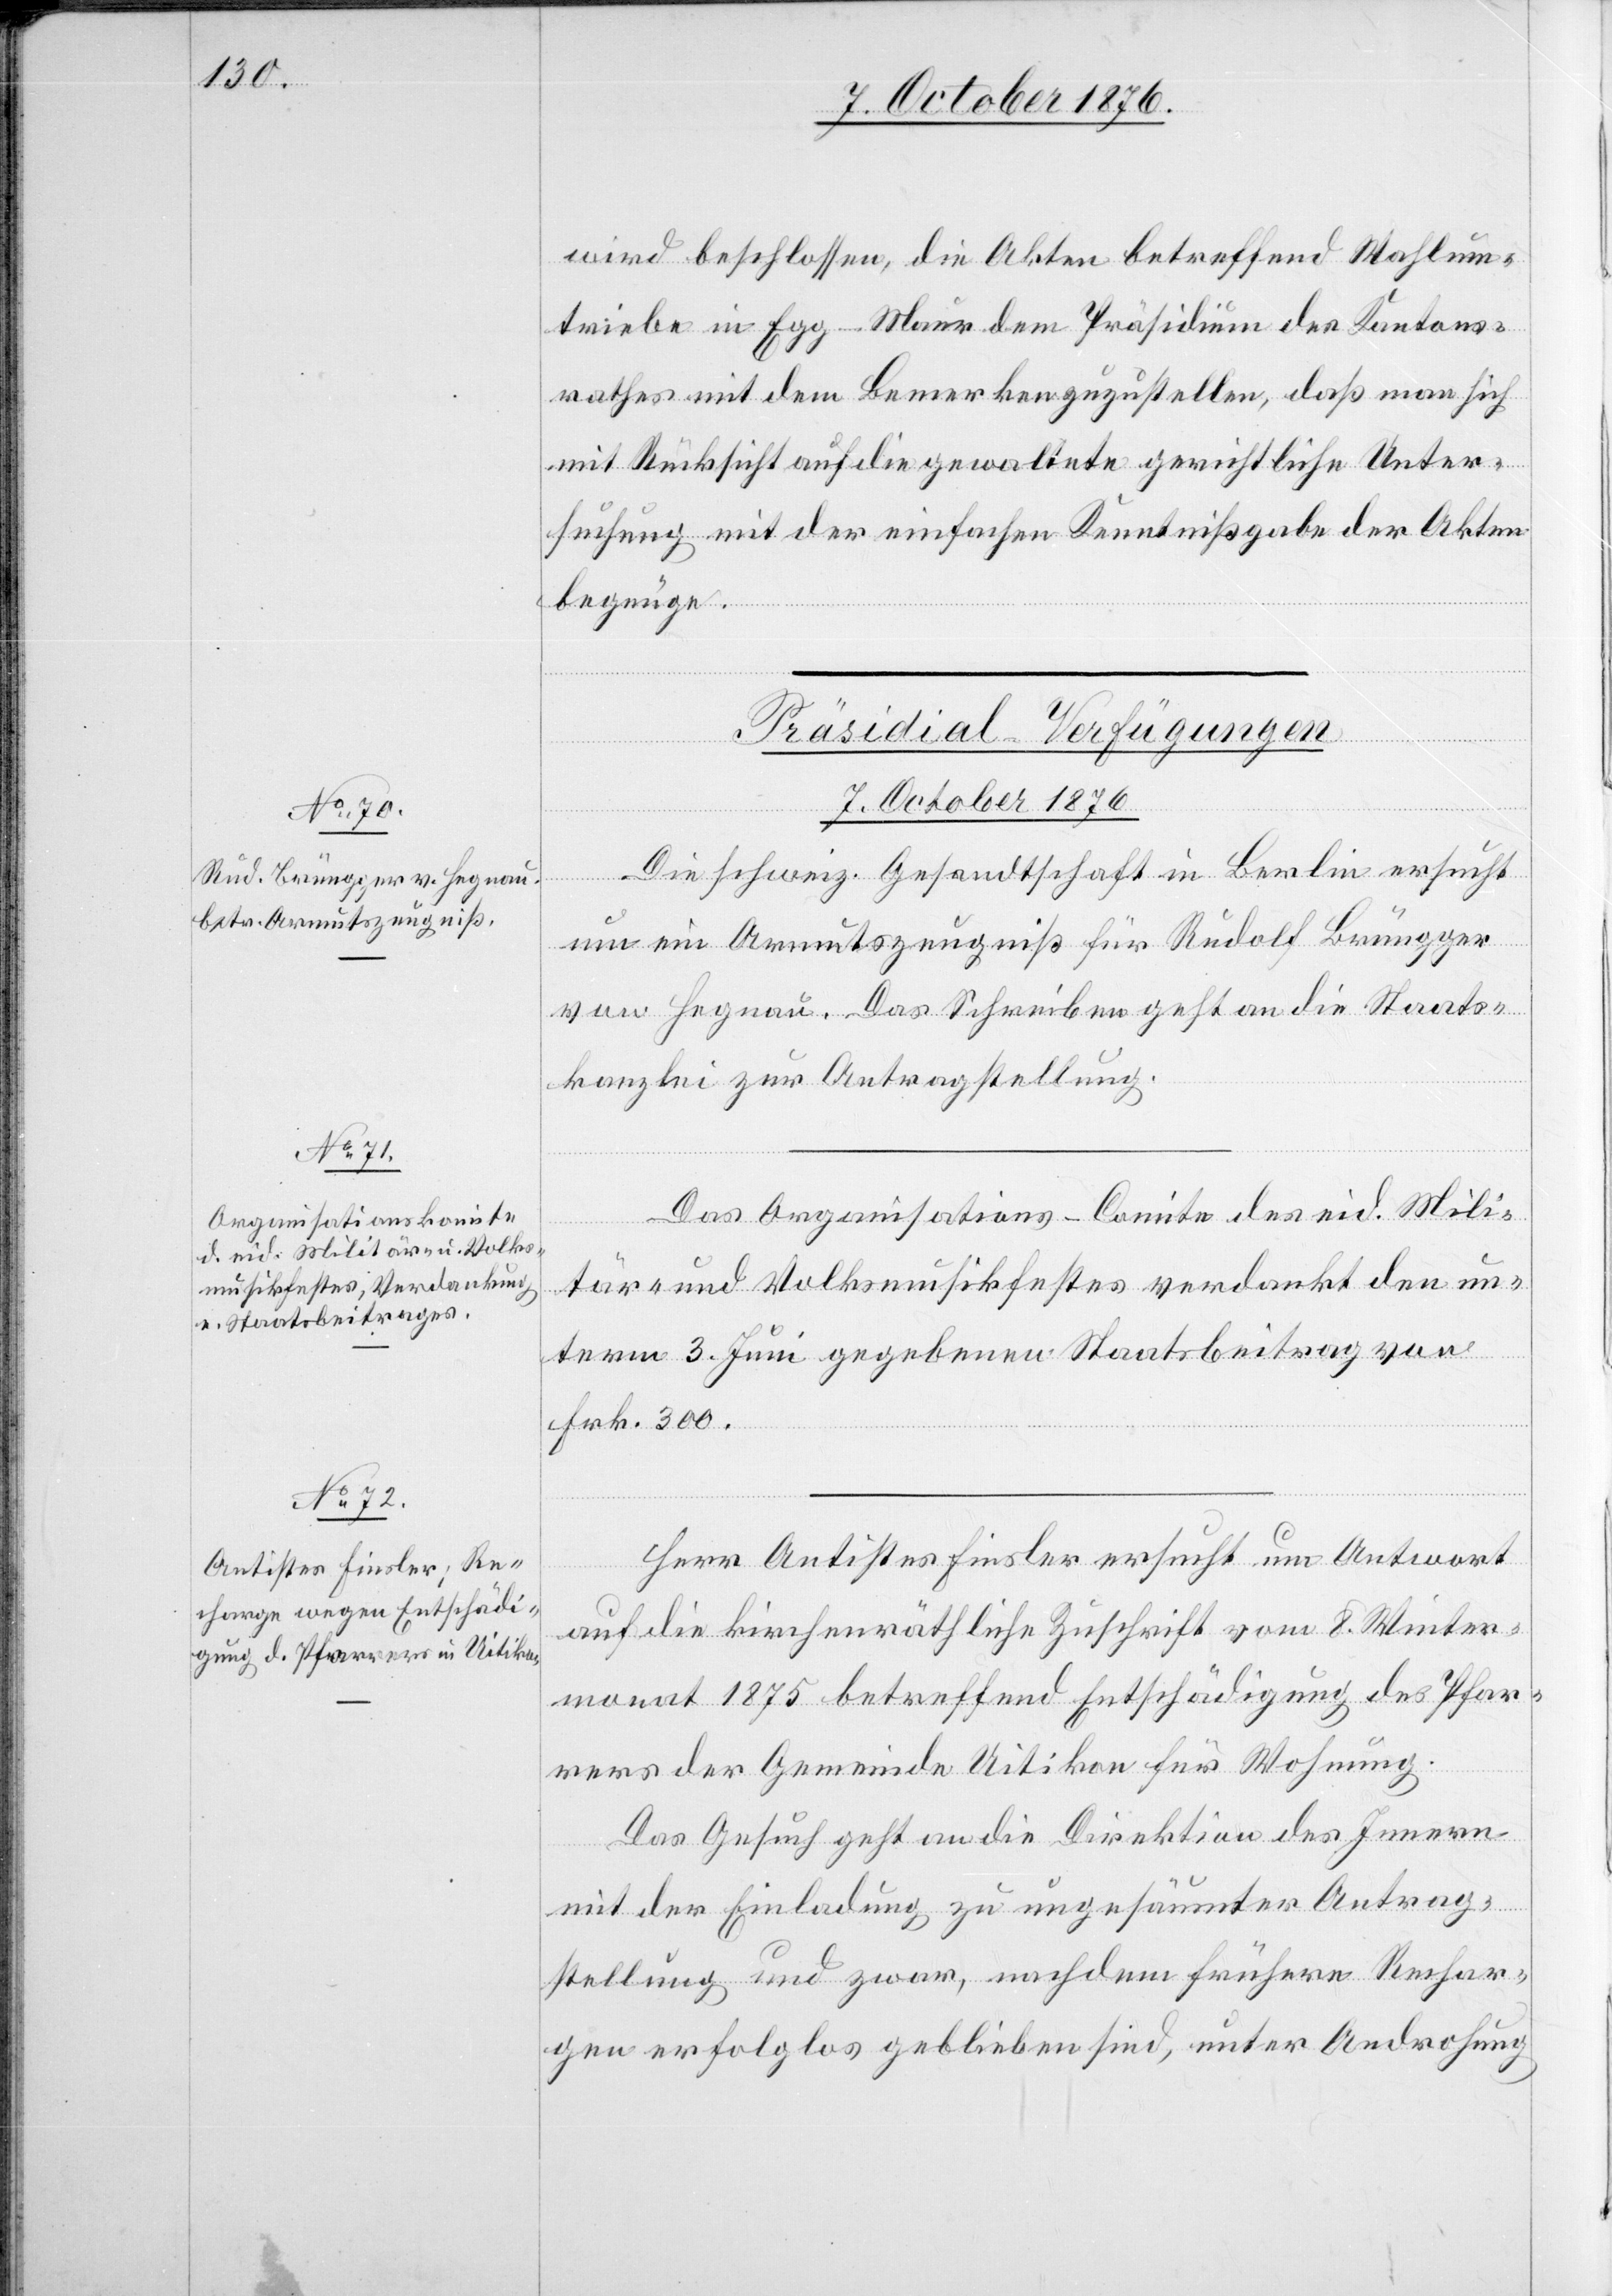
7. October 1876.]
wird beschlossen, die Akten betreffend Wahlum¬
triebe in Egg - Maur dem Präsidium des Kantons¬
rathes mit dem Bemerken zuzustellen, daß man sich
mit Rücksicht auf die gewaltete gerichtliche Unter¬
suchung mit der einfachen Kenntnißgabe der Akten
begnüge.
[Präsidial-Verfügungen
Die schweiz. Gesandtschaft in Berlin ersucht
um ein Armutszeugniß für Rudolf Brügger
von Hegnau. Das Schreiben geht an die Staats¬
kanzlei zur Antragstellung.
Das Organisation-Comite des eid. Mili¬
tär- und Volksmusikfestes verdankt den un¬
term 3. Juni gegebenen Staatsbeitrag von
Frk. 300.
Herr Antistes Finsler ersucht um Antwort
auf die kirchenräthliche Zuschrift vom 8. Winter¬
monat 1875 betreffend Entschädigung des Pfar¬
rers der Gemeinde Uitikon für Wohnung.
Das Gesuch geht an die Direktion des Innern
mit der Einladung zu ungesäumter Antrag¬
stellung und zwar, nachdem frühere Rechar¬
gen erfolglos geblieben sind, unter Androhung